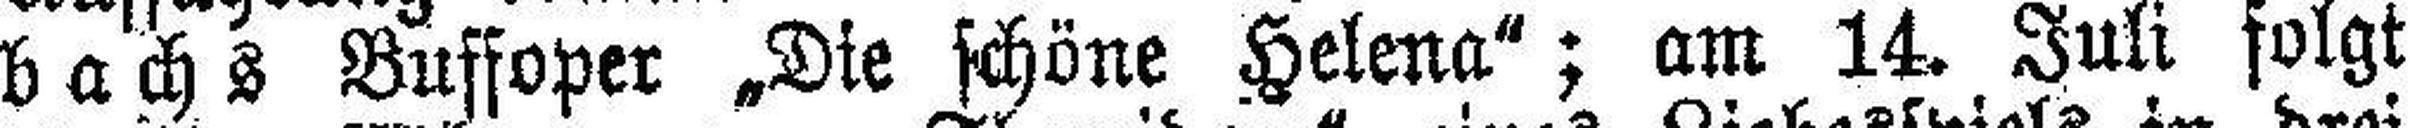
bachs Buffoper „Die schöne Helena"; am 14. Juli folgt